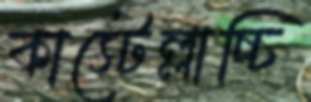
কাস্টেল্লাচ্চি